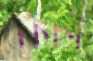
কপিশ